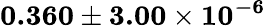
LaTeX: \mathbf{0.360\pm 3.00\times 10^{-6}}